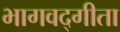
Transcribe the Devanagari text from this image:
भागवद्गीता